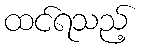
ထင်ရသည့်